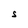
Character: S